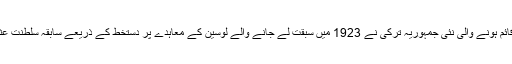
اس کے نتیجے میں قائم ہونے والی نئی جمہوریہ ترکی نے 1923 میں سبقت لے جانے والے لوسین کے معاہدے پر دستخط کے ذریعے سابقہ سلطنت عثمانیہ کو تقسیم کرلیا۔